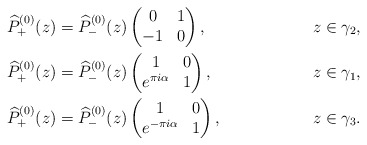
\begin{align*}&\widehat{P}_+^{(0)}(z)=\widehat{P}_-^{(0)}(z)\begin{pmatrix}0&1\\-1&0\end{pmatrix}, &z\in \gamma_2,\\&\widehat{P}_+^{(0)}(z)=\widehat{P}_-^{(0)}(z)\begin{pmatrix}1&0\\e^{\pi i\alpha}&1\end{pmatrix}, &z\in \gamma_1,\\&\widehat{P}_+^{(0)}(z)=\widehat{P}_-^{(0)}(z)\begin{pmatrix}1&0\\e^{-\pi i\alpha}&1\end{pmatrix}, &z\in \gamma_3.\end{align*}